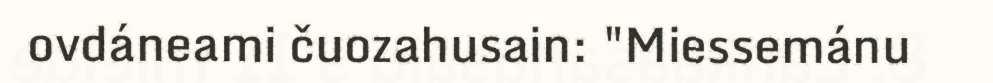
ovdáneami čuozahusain: "Miessemánu